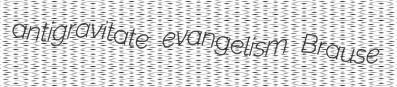
antigravitate evangelism Brause